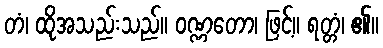
တံ၊ ထိုအသည်းသည်။ ဝဏ္ဏတော၊ ဖြင့်။ ရတ္တံ၊ ၏။